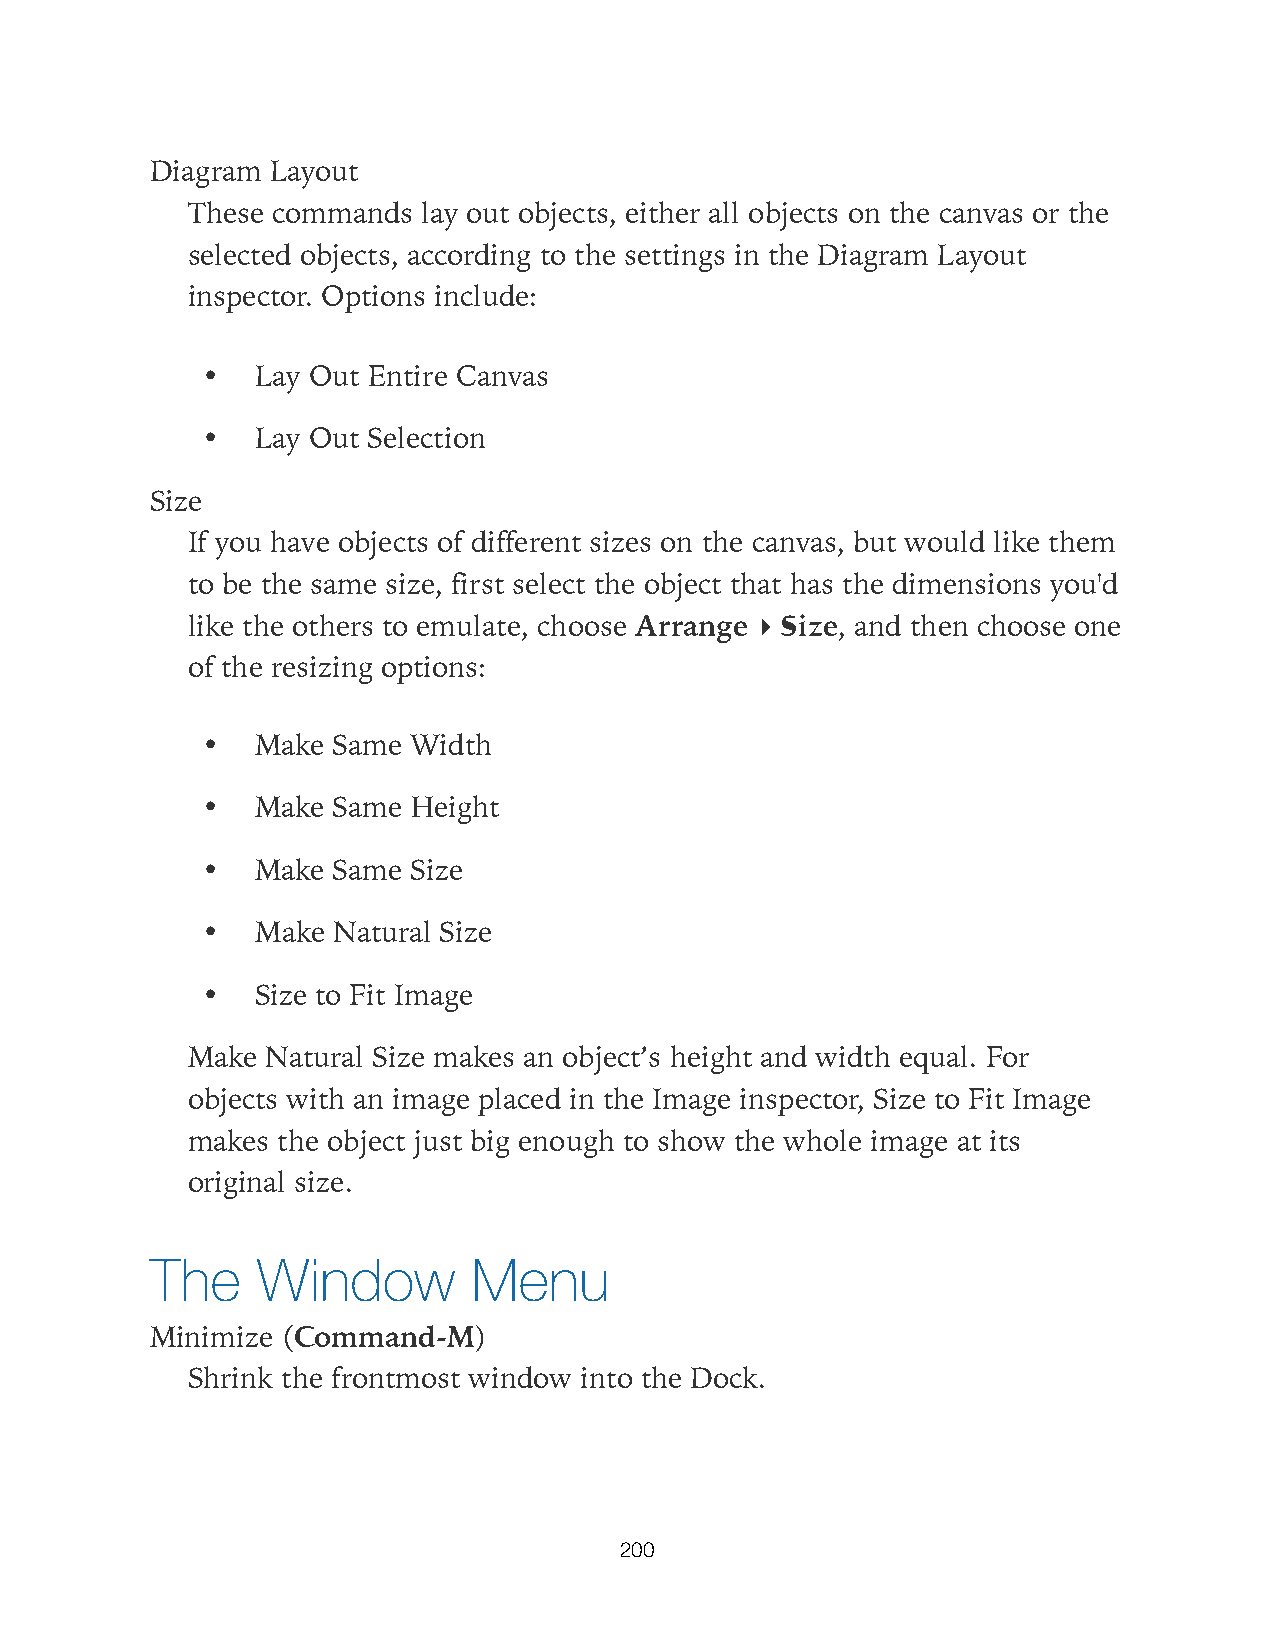
Diagram Layout
 These commands  lay out objects, either all objects on the canvas or the
 selected objects, according to the settings in the Diagram Layout
 inspector. Options include:
 •   Lay Out Entire Canvas
 •   Lay Out Selection
 Size
 If you have objects of different sizes on the canvas, but would like them
 to be the same size, first select the object that has the dimensions you'd
 like the others to emulate, choose Arrange ▸ Size, and then choose one
 of the resizing options:
 •   Make Same Width
 •   Make Same Height
 •   Make Same Size
 •   Make Natural Size
 •   Size to Fit Image
 Make  Natural Size makes an object’s height and width equal. For
 objects with an image placed in the Image inspector, Size to Fit Image
 makes the object just big enough to show the whole image at its
 original size.
 The    Window        Menu
 Minimize (Command-M)
 Shrink the frontmost window into the Dock.
 200